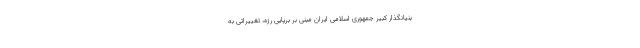
بنیانگذار کبیر جمهوری اسلامی ایران مبنی بر برپایی رژه، تغییراتی به